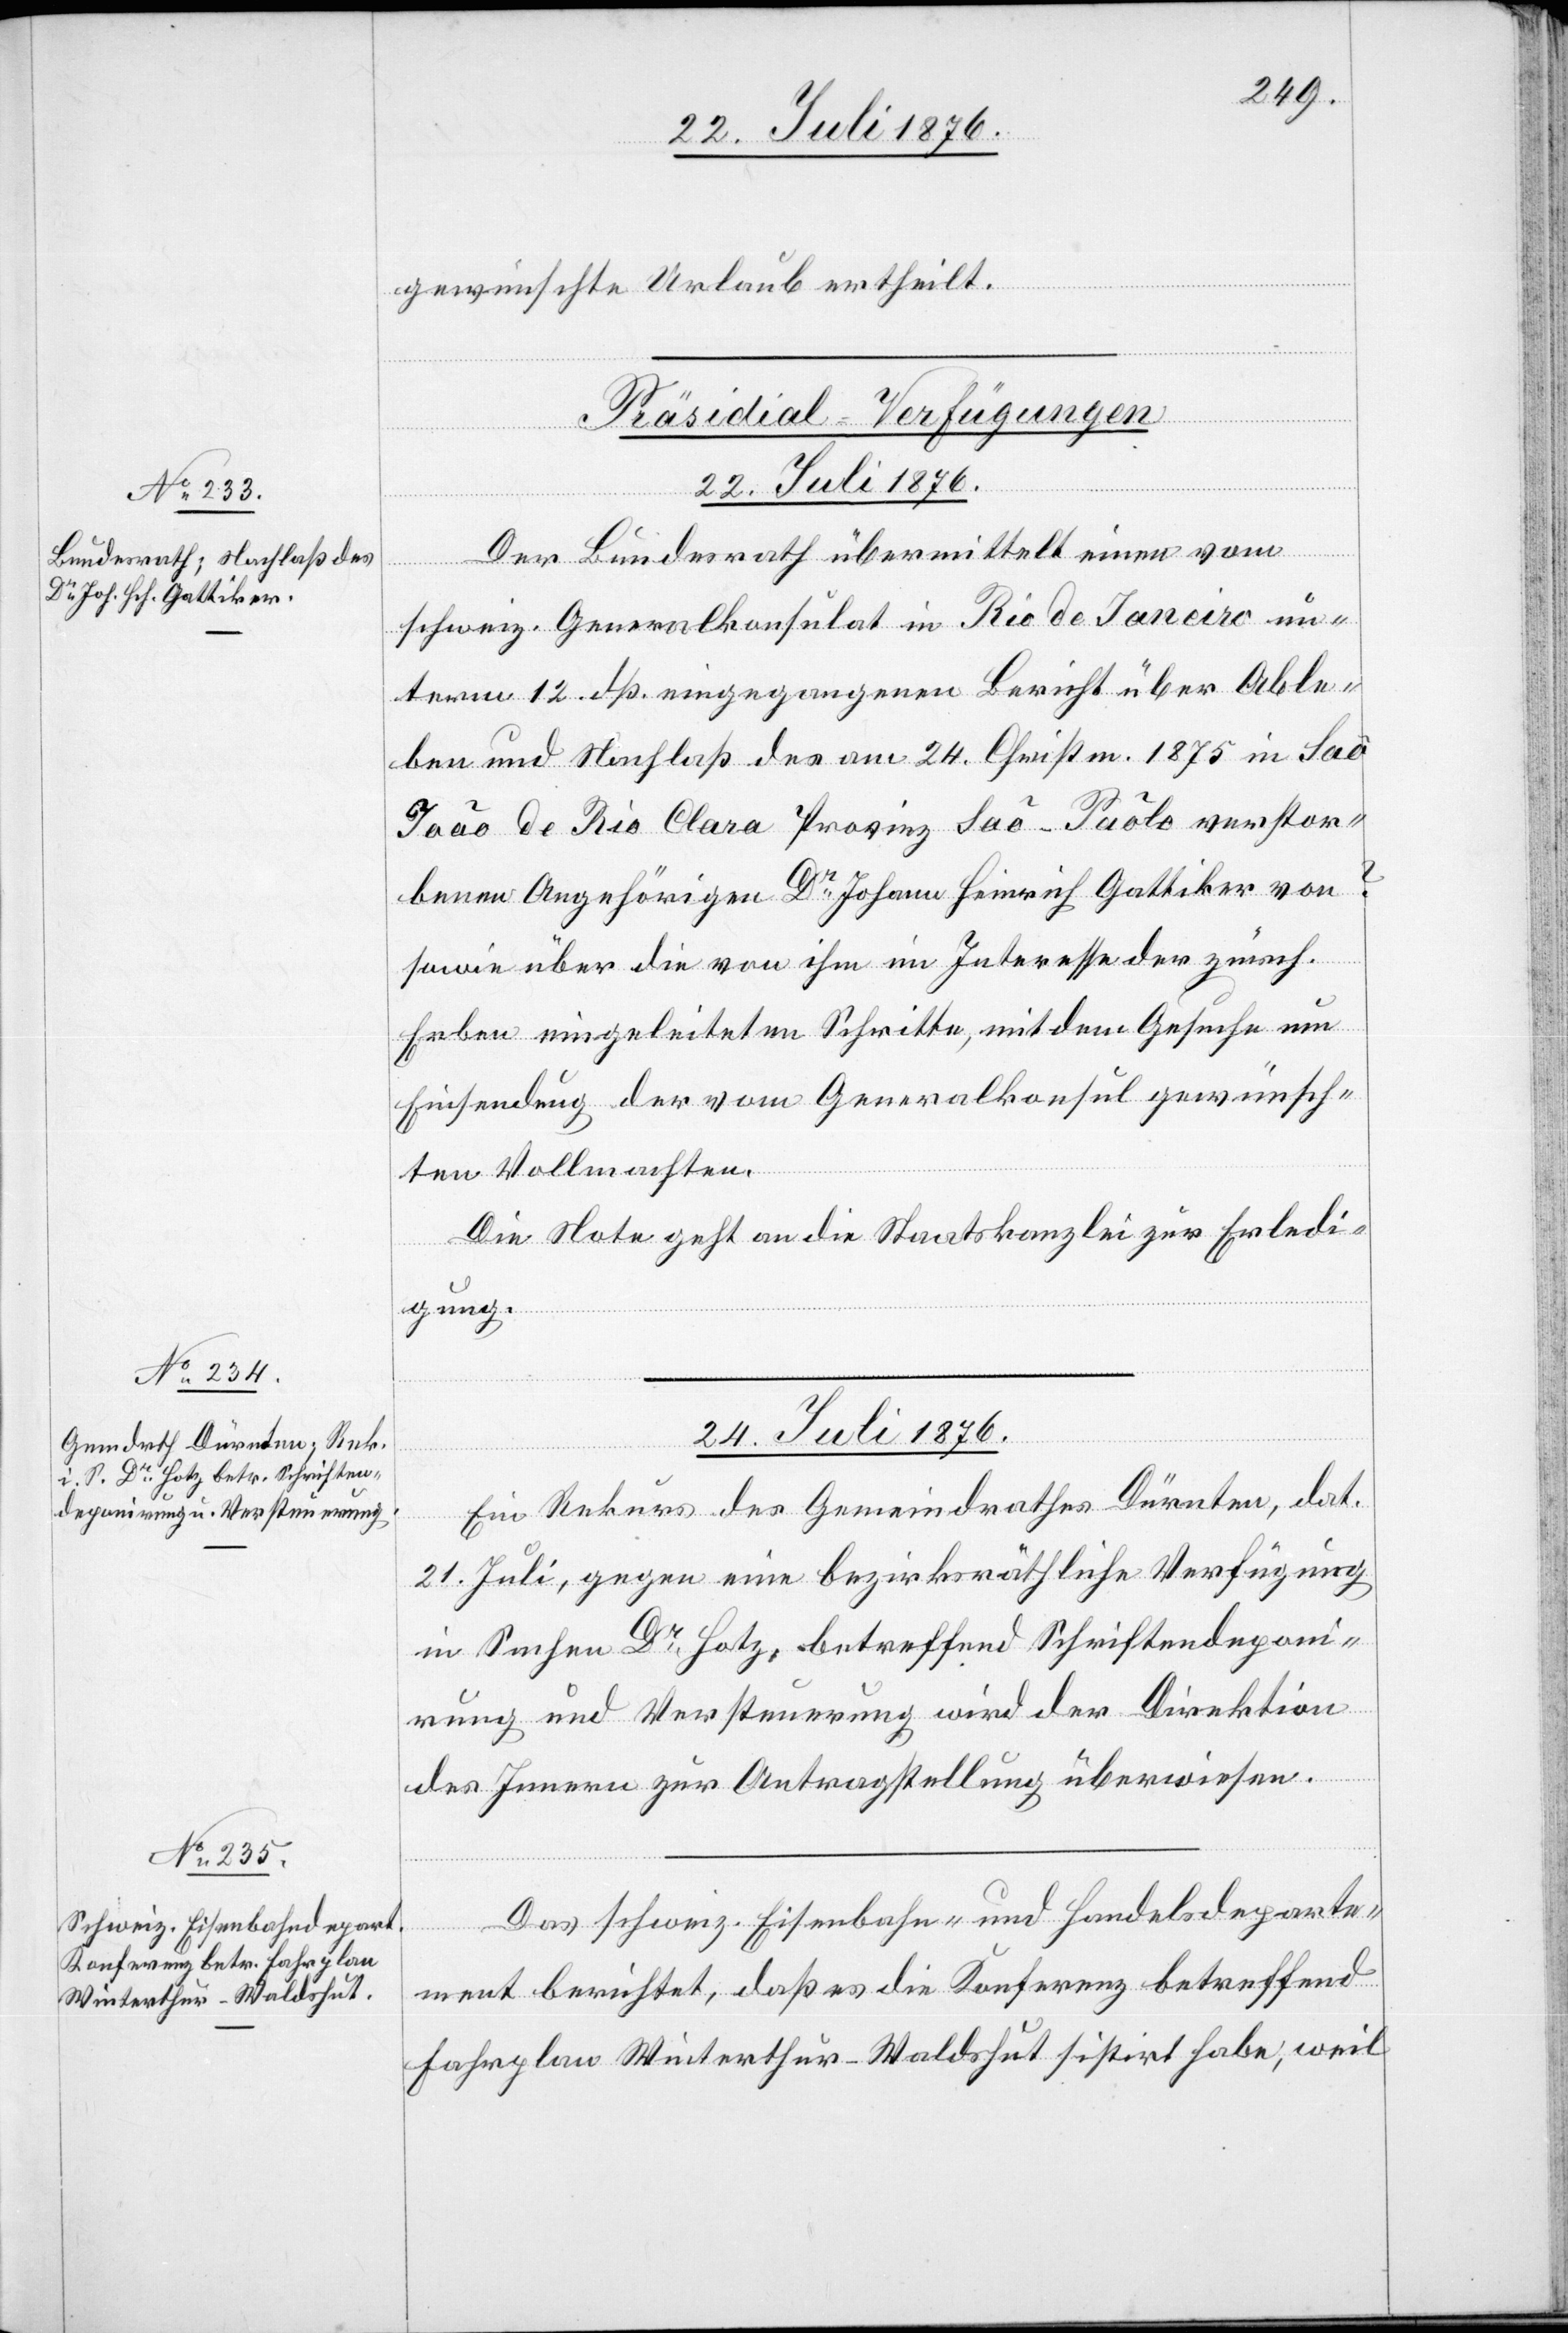
gewünschte Urlaub ertheilt.
[Präsidial-Verfügungen
24. Juli 1876.]
Der Bundesrath übermittelt einen vom
schweiz. Generalkonsulat in Rio de Janeiro un¬
term 12. dß. eingegangenen Bericht über Able¬
ben und Nachlaß des am 24. Christm. 1875 in Sao
João de Rio Clara Provinz Sao-Paolo verstor¬
benen Angehörigen Dr Johann Heinrich Gattiker von
sowie über die von ihm im Interesse der zürch.
Erben eingeleiteten Schritte, mit dem Gesuche um
Einsendung der vom Generalkonsul gewünsch¬
ten Vollmachten.
Die Note geht an die Staatskanzlei zur Erledi¬
gung.
24. Juli 1876.
Ein Rekurs des Gemeindrathes Dürnten, dat.
21. Juli, gegen eine bezirksräthliche Verfügung
in Sachen Dr Hotz, betreffend Schriftendeponi¬
rung und Versteuerung wird der Direktion
des Innern zur Antragstellung überwiesen.
Das schweiz. Eisenbahn- und Handelsdeparte¬
ment berichtet, daß es die Konferenz betreffend
Fahrplan Winterthur–Waldshut sistirt habe, weil